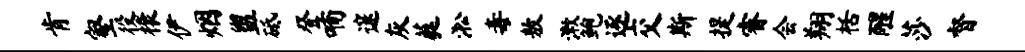
肯壑役榱伊烟盥砥登喃邃灰蕤淞毒敖漱鲍逐交斯提睿会翔栝醒莎督